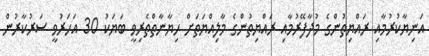
އަނިޔާކުރުމާއި ރައްޔިތުންގެ މުދާފޭރުމާއި ރައްޔިތުންގެ މާލިއްޔަތަށް ހިޔާނާތްތެރިވީ ބަޔަކު 30 އަހަރުވީ ސަރުކާރުން